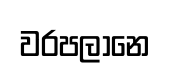
වරපලානෙ